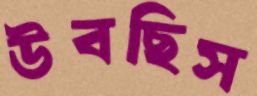
উবছিস